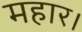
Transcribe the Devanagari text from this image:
महार।